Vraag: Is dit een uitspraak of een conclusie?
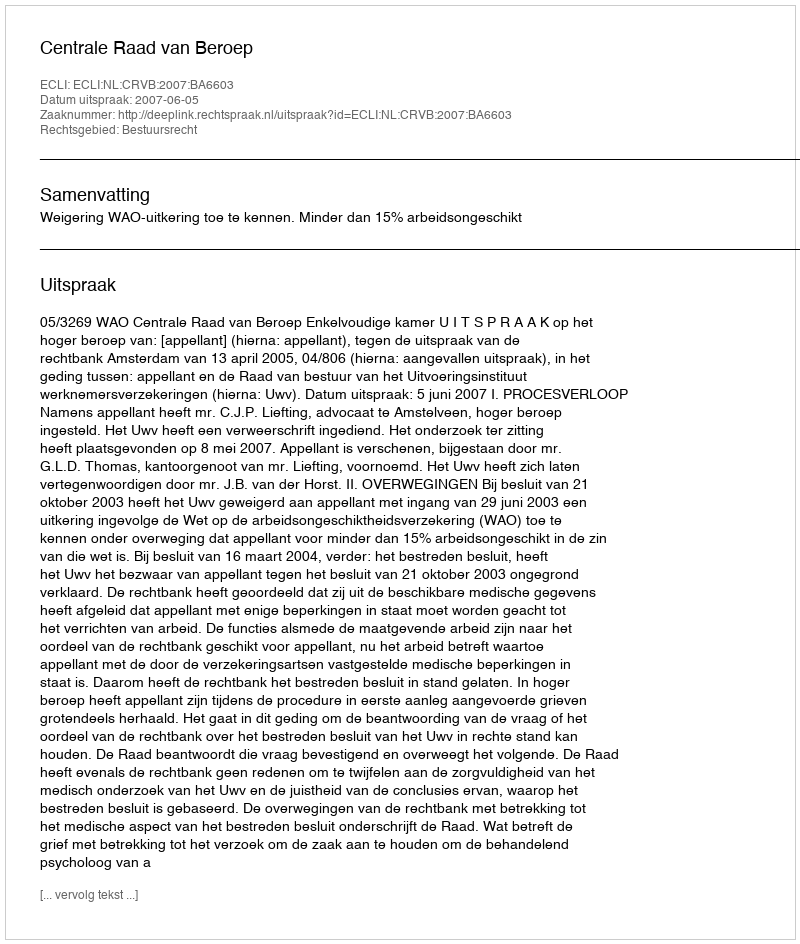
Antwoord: Uitspraak